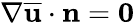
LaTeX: \nabla\mathbf{\overline{{u}}}\cdot\mathbf{n}=\mathbf{0}